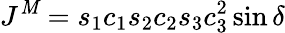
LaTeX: J^{\mathit{M}}=s_{1}c_{1}s_{2}c_{2}s_{3}c_{3}^{2}\sin\delta